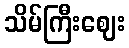
သိမ်ကြီးဈေး